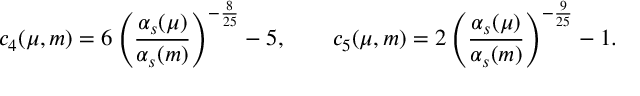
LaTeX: c _ { 4 } ( \mu , m ) = 6 \left( \displaystyle \frac { \alpha _ { s } ( \mu ) } { \alpha _ { s } ( m ) } \right) ^ { - { \frac { 8 } { 2 5 } } } - 5 , ~ ~ ~ ~ ~ ~ c _ { 5 } ( \mu , m ) = 2 \left( \displaystyle \frac { \alpha _ { s } ( \mu ) } { \alpha _ { s } ( m ) } \right) ^ { - { \frac { 9 } { 2 5 } } } - 1 .